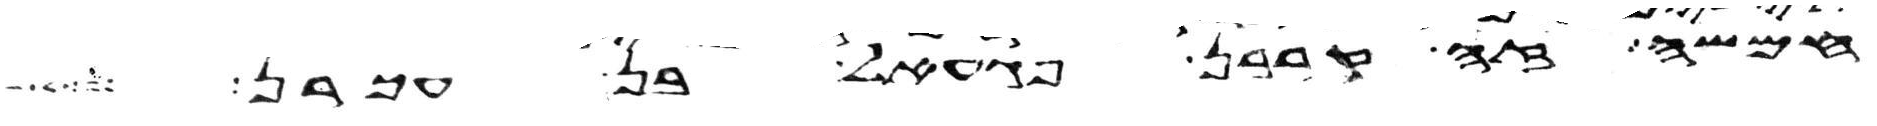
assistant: חמשה זה קרבן פגעאל בן עכרן